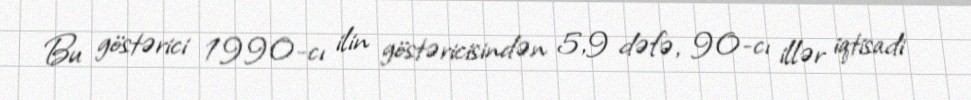
Bu göstərici 1990-cı ilin göstəricisindən 5,9 dəfə, 90-cı illər iqtisadi